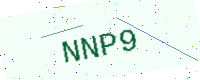
Text: NNP9